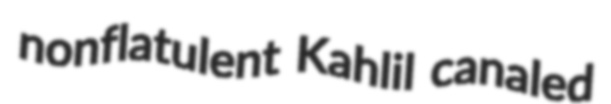
nonflatulent Kahlil canaled